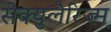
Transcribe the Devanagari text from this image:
सेक्युलैरिज्म़